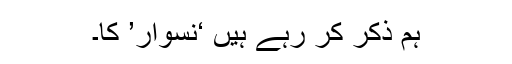
ہم ذکر کر رہے ہیں ‘نسوار’ کا۔